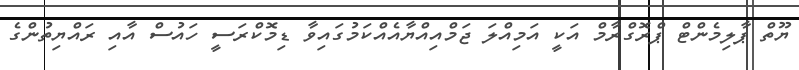
ޔޫތް ޕާލިމެންޓް ޕްރޮގްރާމް އަކީ އަމިއްލަ ޖަމްއިއްޔާއެއްކަމުގައިވާ ޑިމޮކްރަސީ ހައުސް އާއި ރައްޔިތުންގެ